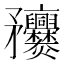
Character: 𥎥